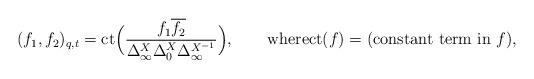
LaTeX: \begin{align*}( f_1,f_2 )_{q,t} = \mathrm{ct}\Big(\frac{f_1 \overline{f_2} }{\Delta_\infty^X \Delta_0^X \Delta_\infty^{X^{-1}} }\Big),\qquad\hbox{where}\mathrm{ct}(f) = (\hbox{constant term in $f$}),\end{align*}